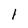
Character: l